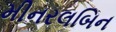
મીનરલબિન